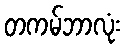
တကမ်ဘာလုံး